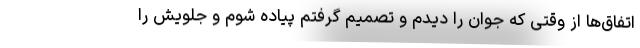
اتفاق‌ها از وقتی که جوان را دیدم و تصمیم گرفتم پیاده شوم و جلویش را